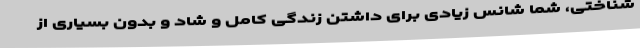
شناختی، شما شانس زیادی برای داشتن زندگی کامل و شاد و بدون بسیاری از